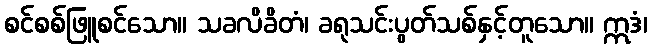
စင်စစ်ဖြူစင်သော။ သခလိခိတံ၊ ခရုသင်းပွတ်သစ်နှင့်တူသော။ ဣဒံ၊